Medical and sanitary report on the native army of Bombay for the year
Year: 1879
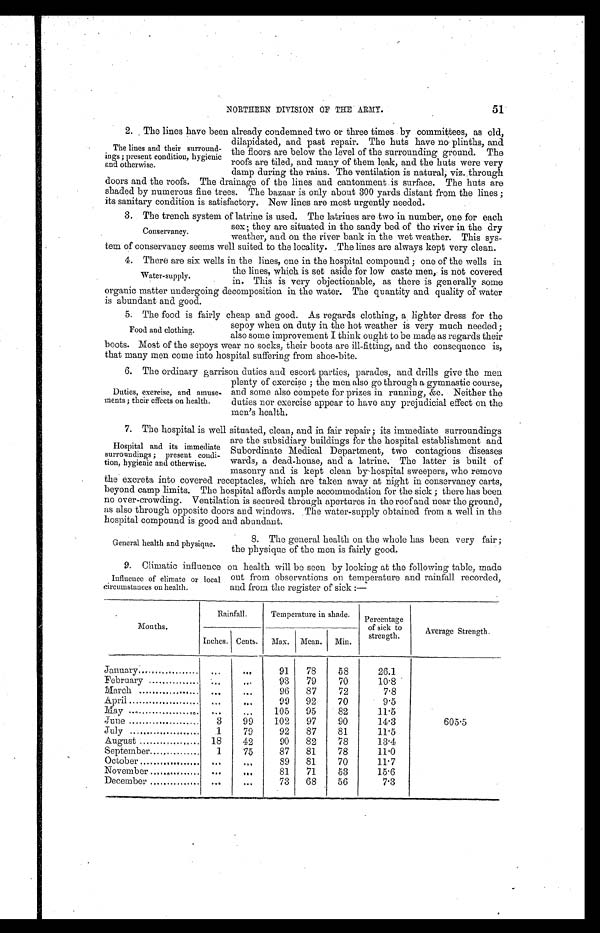
51
NORTHERN DIVISION OF THE ARMY.
2. The lines have been already condemned two or three times by committees, as old,
dilapidated, and past repair. The huts have no plinths, and
the floors are below the level of the surrounding ground. The
roofs are tiled, and many of them leak, and the huts were very
damp during the rains. The ventilation is natural, viz. through
doors and the roofs. The drainage of the lines and cantonment is surface. The huts are
shaded by numerous fine trees. The bazaar is only about 300 yards distant from the lines;
its sanitary condition is satisfactory. New lines are most urgently needed.
3 . T h e t r e n c h s y s t e m o f l a t r i n e i s u s e d . T h e l a t r i n e s a r e t w o i n n u m b e r , o n e f o r e a c h
sex; they are situated in the sandy bed of the river in the dry
weather, and on the river bank in the wet weather. This sys
- t e m o f c o n s e r v a n c y s e e m s w e l l s u i t e d t o t h e l o c a l i t y . T h e l i n e s a r e a l w a y s k e p t v e r y c l e a n .
4 . T h e r e a r e s i x w e l l s i n t h e l i n e s , o n e i n t h e h o s p i t a l c o m p o u n d ; o n e o f t h e w e l l s i n
the lines, which is set aside for low caste men, is not covered
in. This is very objectionable, as there is generally some
organic matter undergoing decomposition in the water. The quantity and quality of water
is abundant and good.
5 . T h e f o o d i s f a i r l y c h e a p a n d g o o d . A s r e g a r d s c l o t h i n g , a l i g h t e r d r e s s f o r t h e
sepoy when on duty in the hot weather is very much needed;
also some improvement I think ought to be made as regards their
boots. Most of the sepoys wear no socks, their boots are ill-fitting, and the consequence is,
that many men come into hospital suffering from shoe-bite.
6 . T h e o r d i n a r y g a r r i s o n d u t i e s a n d e s c o r t p a r t i e s , p a r a d e s , a n d d r i l l s g i v e t h e m e n
plenty of exercise; the men also go through a gymnastic course,
and some also compete for prizes in running, &c. Neither the
duties nor exercise appear to have any prejudicial effect on the
men's health.
7. The hospital is well situated, clean, and in fair repair; its immediate surroundings
are the subsidiary buildings for the hospital establishment and
Subordinate Medical Department, two contagious diseases
wards, a dead-house, and a latrine. The latter is built of
masonry and is kept clean by hospital sweepers, who remove
the excreta into covered receptacles, which are taken away at night in conservancy carts,
beyond camp limits. The hospital affords ample accommodation for the sick; there has been
no over-crowding. Ventilation is secured through apertures in the roof and near the ground,
as also through opposite doors and windows. The water-supply obtained from a well in the
hospital compound is good and abundant.
The lines and their surround
-ings; present condition, hygienic
and otherwise.
Conservancy.
Water-supply.
Food and clothing.
Duties, exercise, and amuse
-ments; their effects on health.
Hospital and its immediate
surroundings; present condi
-tion, hygienic and otherwise.
General health and physique.
8. The general health on the whole has been very fair;
the physique of the men is fairly good.
9. Climatic influence on health will be seen by looking at the following table, made
out from observations on temperature and rainfall recorded,
and from the register of sick:—
Months.
Rainfall.
Temperature in shade.
Percentage
of sick to
strength.
Average Strength.
Inches. Cents.
Max. Mean.
Min.
January . . .
. . .
. . .
91
78
58
26.1
February . . .
. . .
. . .
93
79
70
10.8
March . . .
. . .
. . .
96
87
72
7.8
April . . .
. . .
. . .
99
92
70
9.5
May . . .
. . .
. . .
105
95
82
11.5
June . . .
3
99
102
97
90
14.3
605.5
July . . .
1
79
92
87
81
11.5
August . . .
18
42
90
82
78
13.4
September . . .
1
75
87
81
78
11.0
October . . .
. . .
. . .
89
81
70
11.7
November . . .
. . .
. . .
81
71
53
15.6
December . . .
. . .
. . .
73
68
56
7.3
Influence of climate or local
circumstances on health.